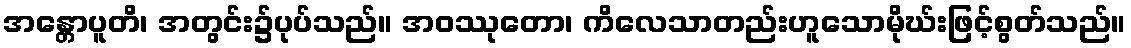
အန္တောပူတိ၊ အတွင်း၌ပုပ်သည်။ အဝဿုတော၊ ကိလေသာတည်းဟူသောမိုဃ်းဖြင့်စွတ်သည်။